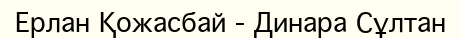
Ерлан Қожасбай - Динара Сұлтан